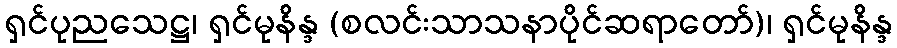
ရှင်ပုညသေဋ္ဌ၊ ရှင်မုနိန္ဒ (စလင်းသာသနာပိုင်ဆရာတော်)၊ ရှင်မုနိန္ဒ